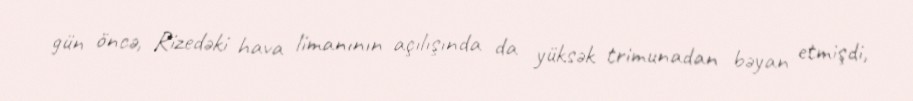
gün öncə, Rizedəki hava limanının açılışında da yüksək trimunadan bəyan etmişdi,